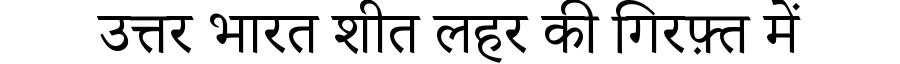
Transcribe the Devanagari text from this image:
उत्तर भारत शीत लहर की गिरफ़्त में